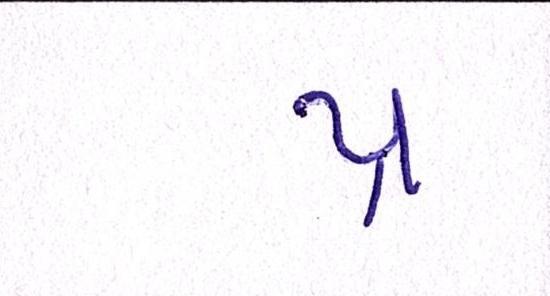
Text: પ્ર